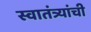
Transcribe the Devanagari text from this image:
स्वातंत्र्यांची